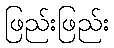
ဖြည်းဖြည်း